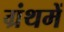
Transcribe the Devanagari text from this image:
ग्रंथमें